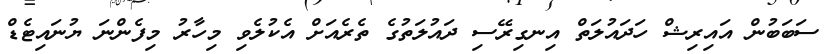
ސަބަބުން އައިރިޝް ހަދައުލަތް އިނގިރޭސި ދައުލަތުގެ ތެރެއަށް އެކުލެވި މިހާރު މިފެންނަ ޔުނައިޓެޑް